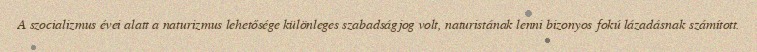
A szocializmus évei alatt a naturizmus lehetősége különleges szabadságjog volt, naturistának lenni bizonyos fokú lázadásnak számított.